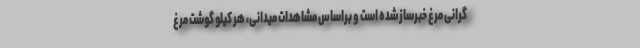
گرانی مرغ خبرساز شده است و براساس مشاهدات میدانی، هر کیلو گوشت مرغ